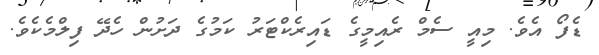
ޑެފޯ އެވެ. މިއީ ސެމް ރެއިމީގެ ޑައިރެކްޓަރު ކަމުގެ ދަށުން ހެދޭ ފިލްމެކެވެ.